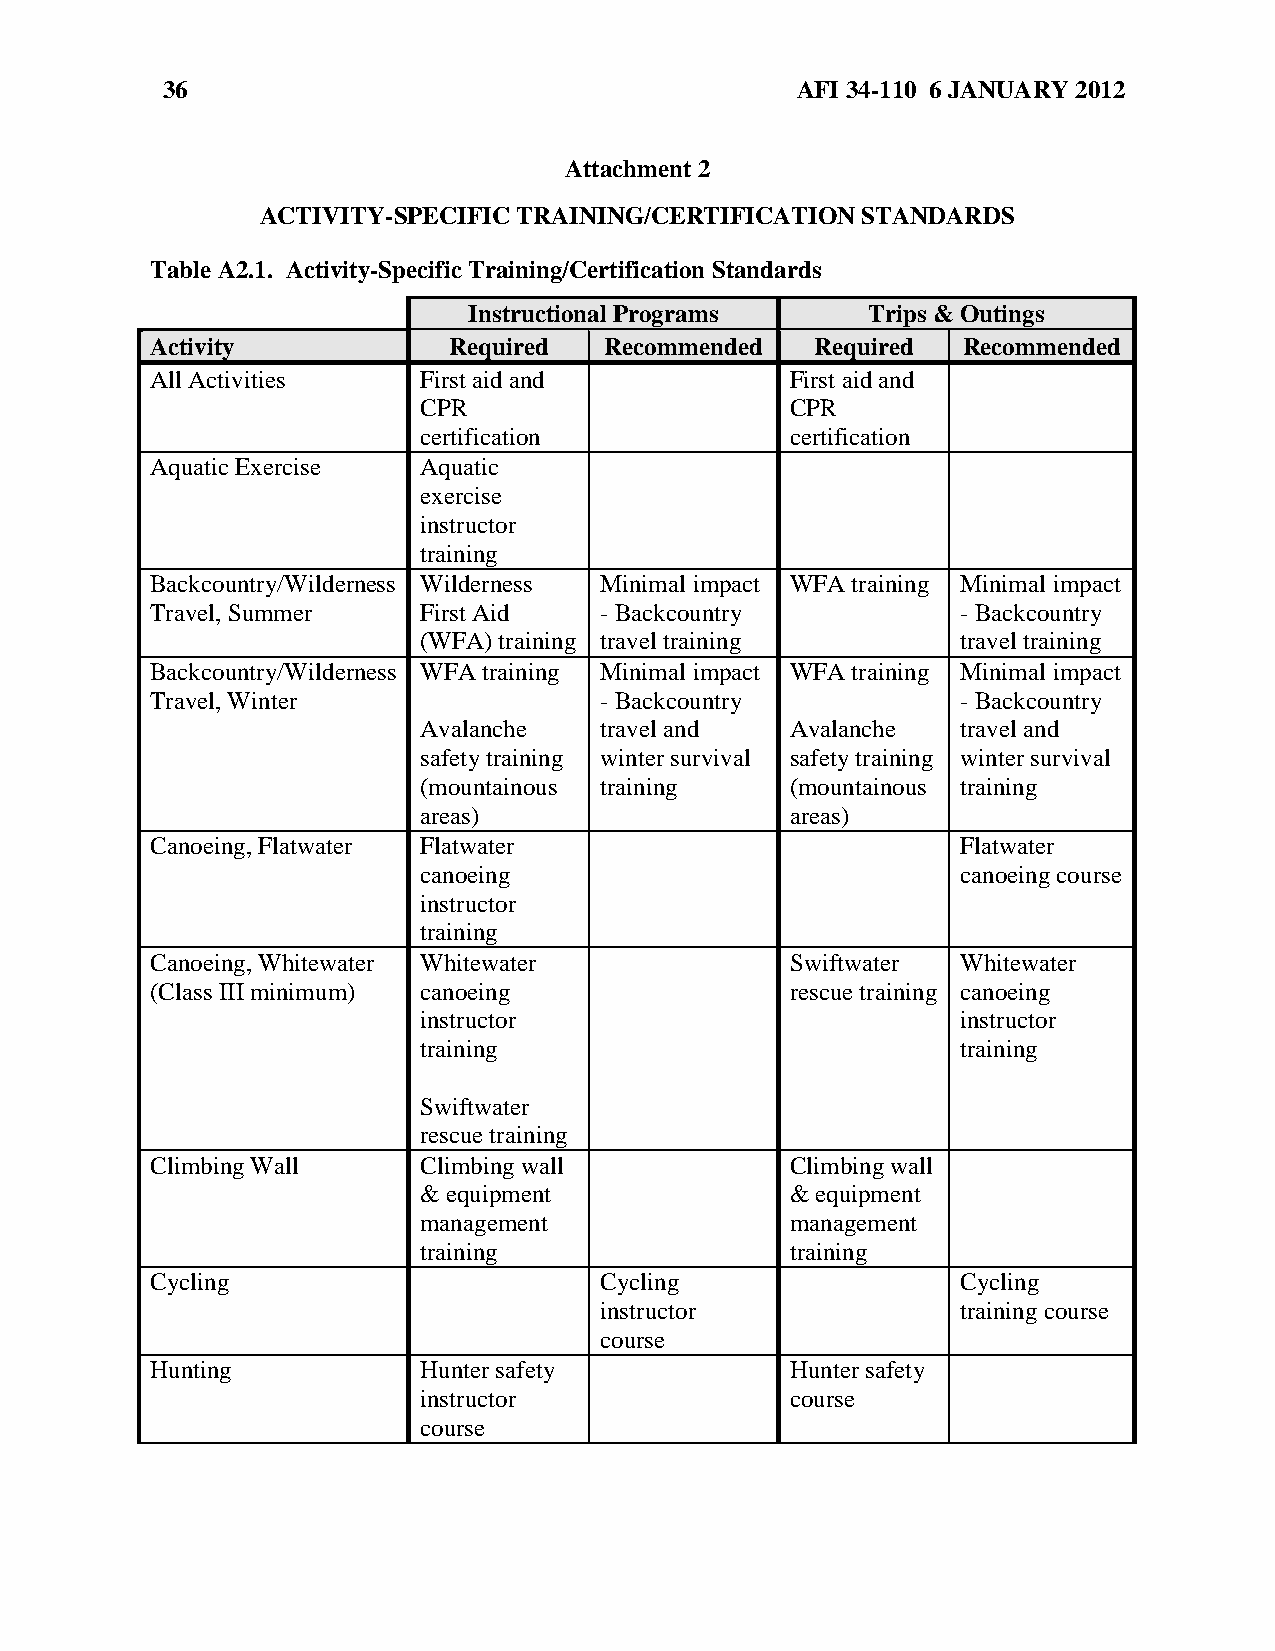
36                                        AFI 34-110 6 JANUARY 2012
 Attachment 2
 ACTIVITY-SPECIFIC TRAINING/CERTIFICATION STANDARDS
 Table A2.1. Activity-Specific Training/Certification Standards
 Instructional Programs    Trips & Outings
 Activity            Required  Recommended   Required  Recommended
 All Activities    First aid and           First aid and
 CPR                     CPR
 certification           certification
 Aquatic Exercise  Aquatic
 exercise
 instructor
 training
 Backcountry/Wilderness Wilderness Minimal impact WFA training Minimal impact
 Travel, Summer    First Aid   - Backcountry           - Backcountry
 (WFA) training travel training      travel training
 Backcountry/Wilderness WFA training Minimal impact WFA training Minimal impact
 Travel, Winter                - Backcountry           - Backcountry
 Avalanche   travel and  Avalanche   travel and
 safety training winter survival safety training winter survival
 (mountainous training   (mountainous training
 areas)                  areas)
 Canoeing, Flatwater Flatwater                         Flatwater
 canoeing                            canoeing course
 instructor
 training
 Canoeing, Whitewater Whitewater           Swiftwater  Whitewater
 (Class III minimum) canoeing              rescue training canoeing
 instructor                          instructor
 training                            training
 Swiftwater
 rescue training
 Climbing Wall     Climbing wall           Climbing wall
 & equipment             & equipment
 management              management
 training                training
 Cycling                       Cycling                 Cycling
 instructor              training course
 course
 Hunting           Hunter safety           Hunter safety
 instructor              course
 course